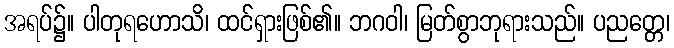
အရပ်၌။ ပါတုရဟောသိ၊ ထင်ရှားဖြစ်၏။ ဘဂဝါ၊ မြတ်စွာဘုရားသည်။ ပညတ္တေ၊